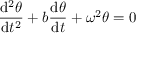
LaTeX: { \frac { \mathrm { d } ^ { 2 } \theta } { \mathrm { d } t ^ { 2 } } } + b { \frac { \mathrm { d } \theta } { \mathrm { d } t } } + \omega ^ { 2 } \theta = 0